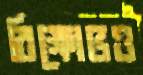
বিক্ষোভও